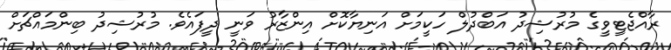
ރާއްޖެޓީވީގެ މުރުޝިދު އަބްދުލް ހަކީމަށް އަނިޔާކޮށް އިންޒާރު ވަނީ ދީފައެވެ. މުރުޝިދު ބިންމައްޗަށް